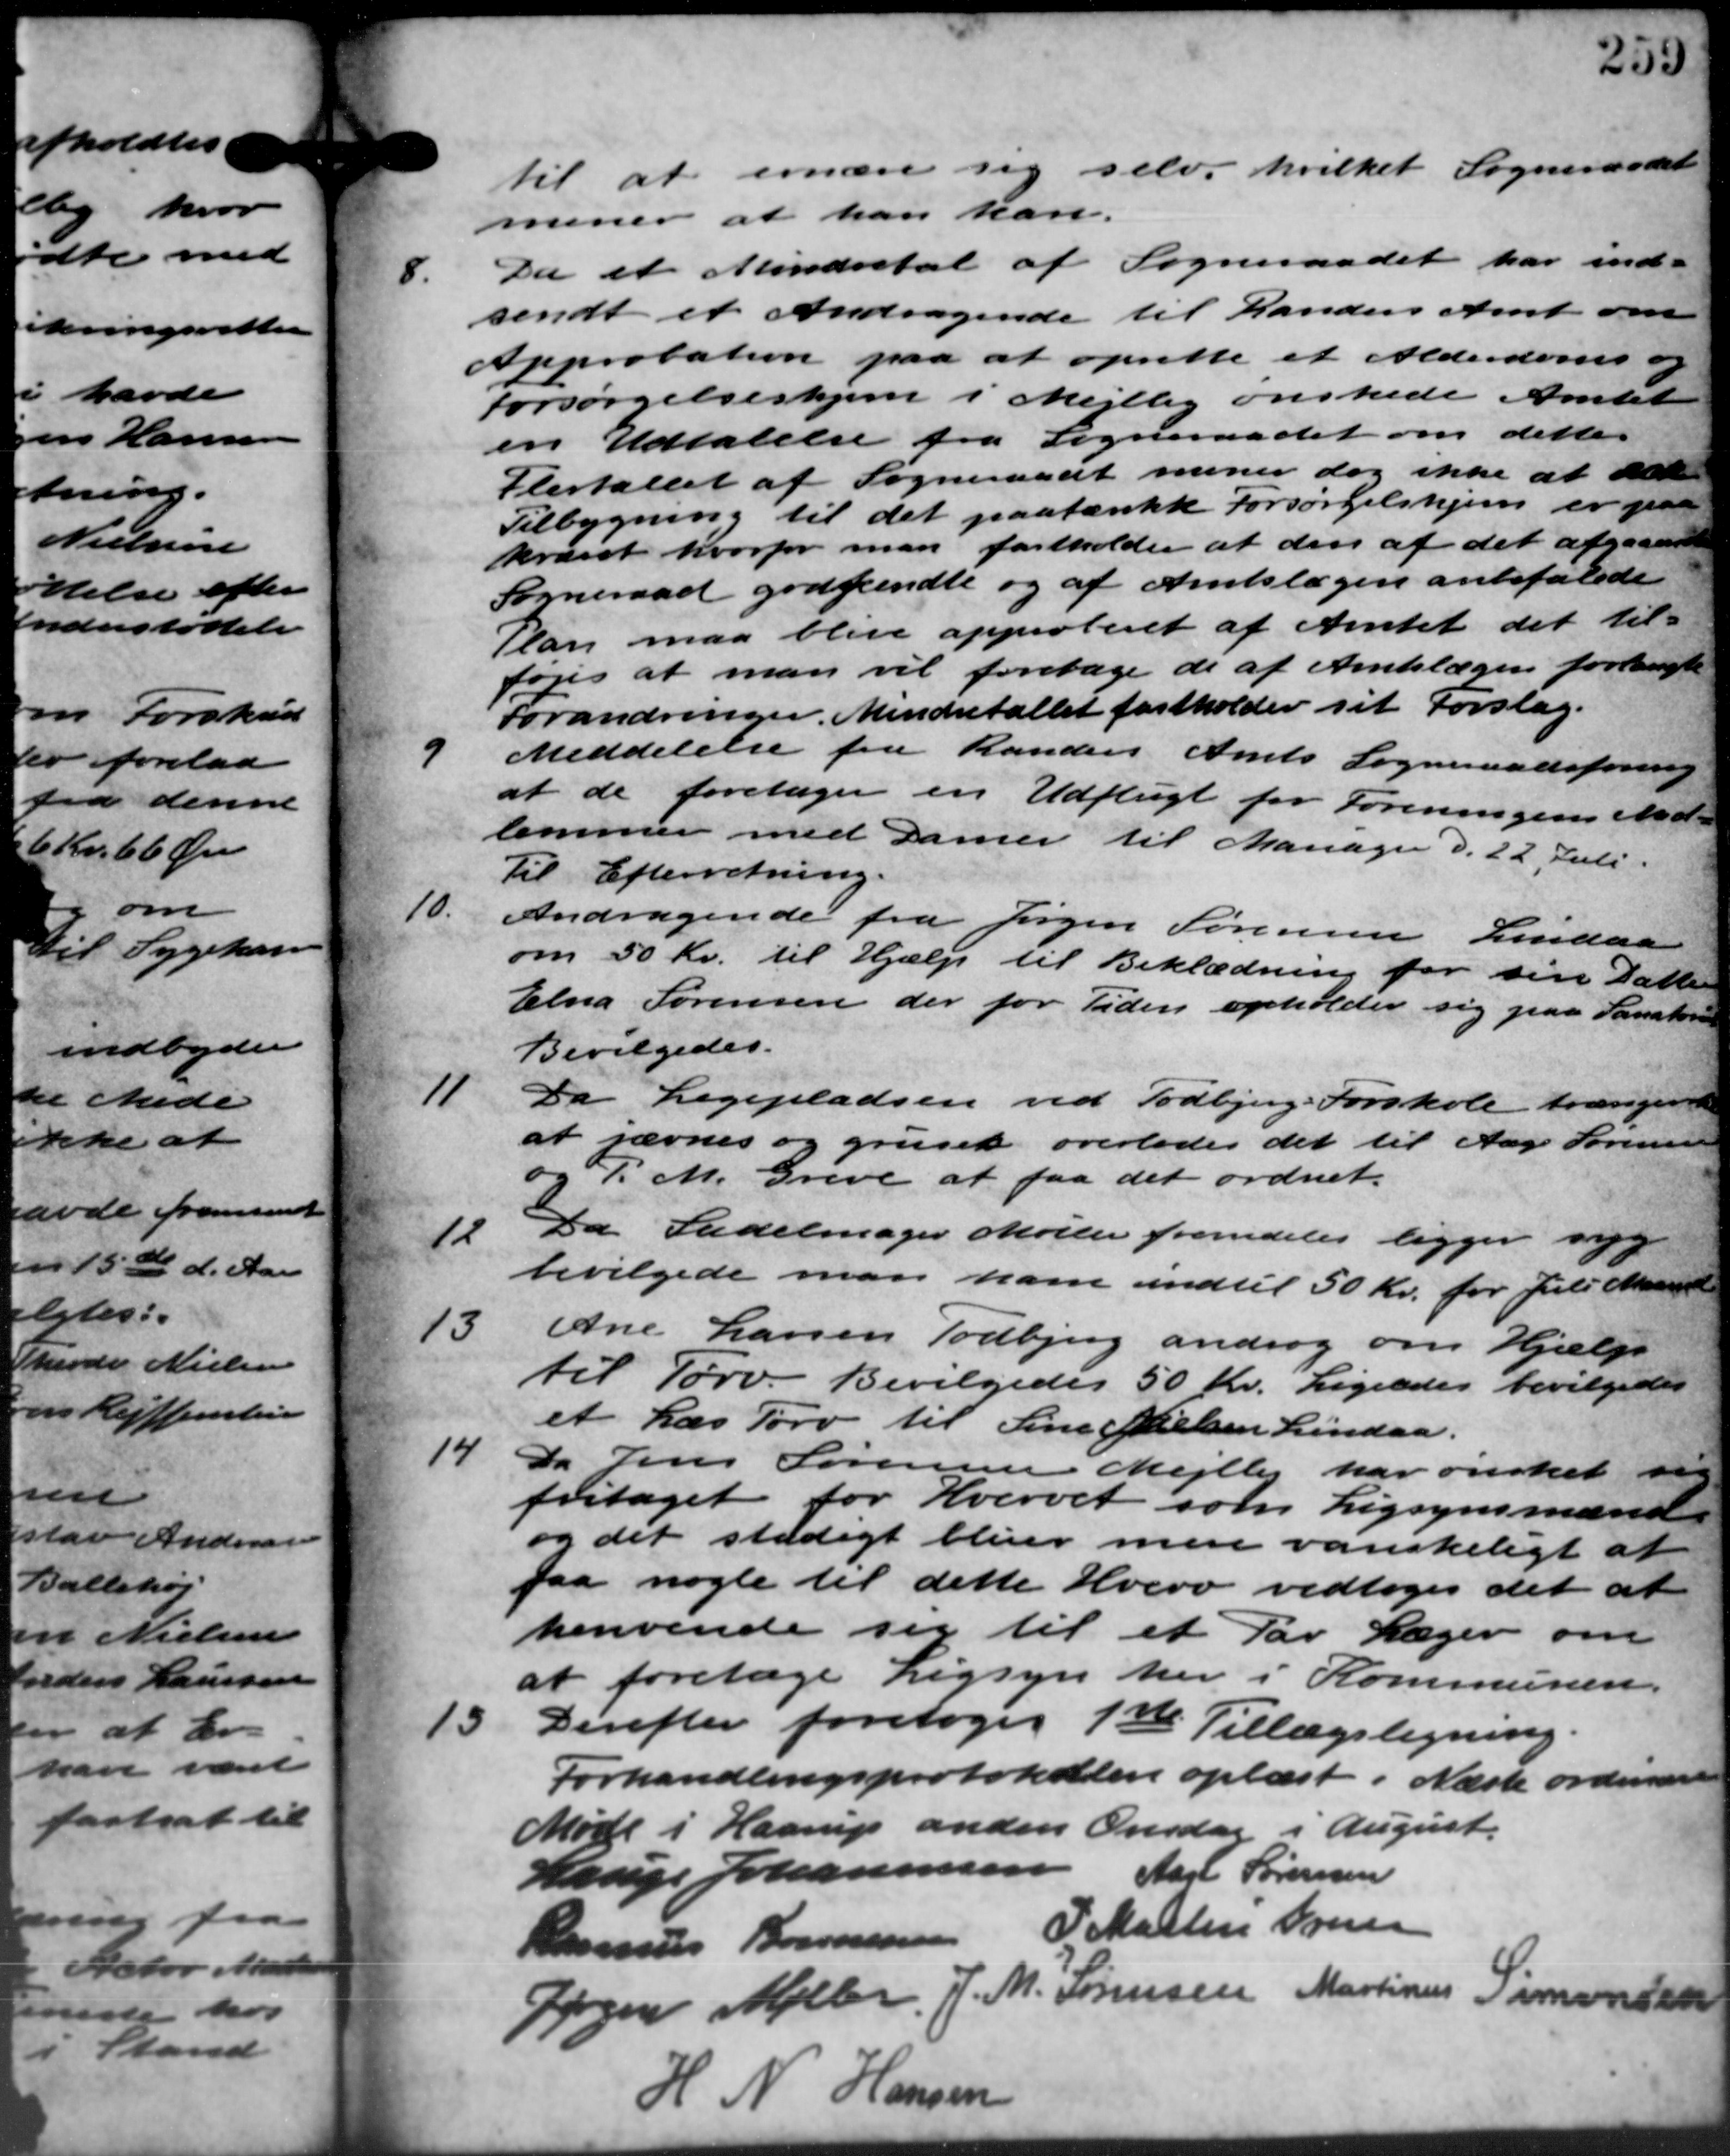
Transskription:
til at ernære sig selv, hvilket Sogneraadet
mener at han kar.
8.
Da et Mindretal af Sogneraadet har ind-
sendt et Andragende til Randers Amt om
Approbation paa at oprette et Alderdoms og
Forsørgelseshjem i Mejlby ønskede Amtet
en Udtalelse fra Sogneraadet om dette.
Flertallet af Sogneraadt mener dog ikke at alde
Tilbygning til det paatænkk Forsørgelshjem er paa
krævet hvorfor man fastholder at den af det afgaaende
Sogneraad godkendte og af Amtslægen anbefalede
Plan maa blive approberet af Amtet det til -
toges at man vil foretage de af Amtslægen forlangte
Forandringer. Mindetallet fastholder sit Forslag.

Meddelelse fra Randers Amts Sogneraadsforening
at de foretager en Udflugt for Foreningens Med –
lemmer med Damer til Manager d. 22 Juli.
Til Efterretning.
10.
Andragende fra Jørgen Sørensen Lindaa
om 50 Kr. til Hjælp til Beklædning for sin Datter
Elna Sørensen der for Tiden opholder sig paa Sanator
Bevilgedes.
11
Da Legepladsen ved Todbjerg - Forskole trængende
at jævnes og gruset overlodes det til Aage Sørensen
og P. M. Greve at faa det ordnet.
12
Da Sadelmager Møller fremdeles ligger syg
bevilgede man ham indtil 50 Kr. for Juli Maanedl
13
Ane Larsen Todbjerg androg om Hjælp
til Tørv. Bevilgedes 50 Kr. Ligeledes bevilgedes
et Læs Tørv til Sine Nielsen Lindaa.
14
Da Jens Sørensen
Mejlby har ønsket sin
fritaget for Hvervet som Ligsynsmænd.
og det stadigt bliver mere vanskeligt at
faa nogle til dette Hverv vedtoges det at
henvende sig til et Par Læger om
at foretage Ligsyn her i Kommunen.
15
Derefter foretoges 1ste Tillægsligning.
Forhandlingsprotokollen oplæst i Næste ordinære
Møde i Haarup anden Onsdag i August.
Lauge Johannesen
Aarl Sørensen
Rasmus Bonnesen P. Martin Oversen
gen Møller J. M. Sørensen Martinus Simonsen
H N Hansen